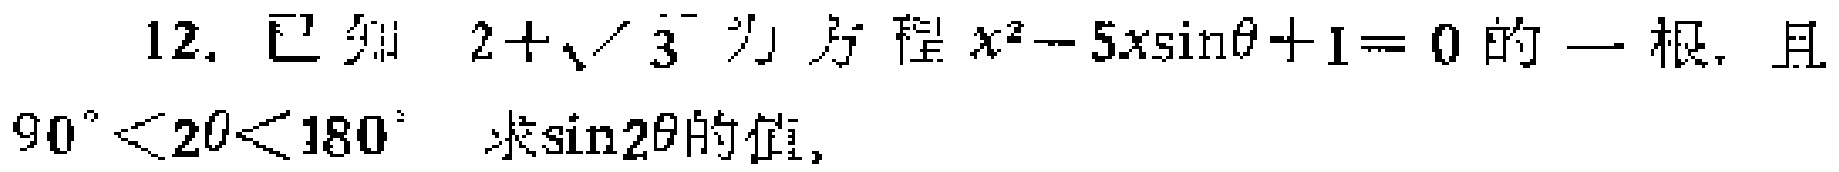
12. 已知 \(2 + \sqrt{3}\) 为方程 \(x^{2}-5x\sin\theta + 1 = 0\) 的一根，且 \(90^{\circ}<2\theta<180^{\circ}\)，求\(\sin2\theta\)的值。